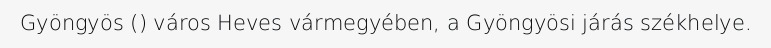
Gyöngyös () város Heves vármegyében, a Gyöngyösi járás székhelye.